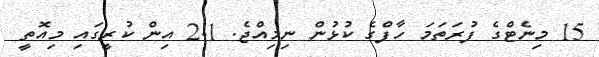
15 މިނެޓްގެ ފުރަތަމަ ހާފްގެ ކުޅުން ނިމިއްޖެ. 1-2 އިން ކުރީގައި މިއޮތީ